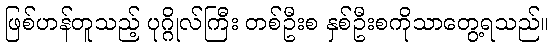
ဖြစ်ဟန်တူသည့် ပုဂ္ဂိုလ်ကြီး တစ်ဦးစ နှစ်ဦးစကိုသာတွေ့ရသည်။